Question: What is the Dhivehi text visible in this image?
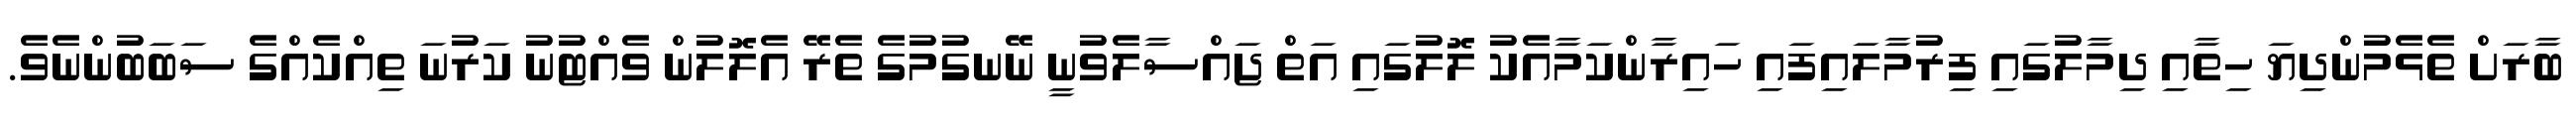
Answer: ބާރަށް ތެޅެމުންދިޔަ ހިތާއި ދިމާލުގައި ފިރުމާލައިފައި ހައިރާންކަމާއެކު ލޮލުގައި އަތް ޖައްސާލެވުނީ ނޭނގުމުގެ ތެރޭ އެލޮލުން ވެއްޓުނު ކަރުނަ ތިއްކެއްގެ ސަބަބުންނެވެ.